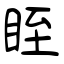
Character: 眰